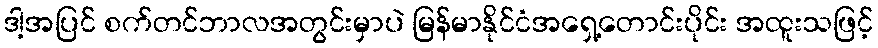
ဒါ့အပြင် စက်တင်ဘာလအတွင်းမှာပဲ မြန်မာနိုင်ငံအရှေ့တောင်းပိုင်း အထူးသဖြင့်